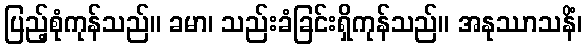
ပြည့်စုံကုန်သည်။ ခမာ၊ သည်းခံခြင်းရှိကုန်သည်။ အနုဿာသနိံ၊